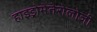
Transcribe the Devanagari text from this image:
हाइड्रोमेतेरोलोजी